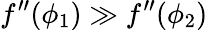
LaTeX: f^{\prime\prime}(\phi_{1})\gg f^{\prime\prime}(\phi_{2})